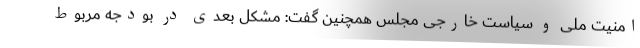
امنیت ملی و سیاست خارجی مجلس همچنین گفت: مشکل بعدی در بودجه مربوط